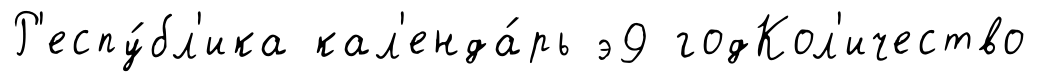
Р'еспу́бл'ика кал'енда́рь э9 годКол'ичество